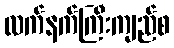
လက်နက်ကြီးကျည်စ